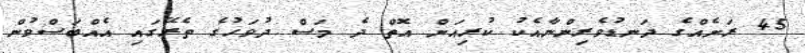
45 ރަށެއްގެ ދަނޑުވެރިންނާއެކު ކުރިއަށް އޮތް ދެ މަސް ދުވަހުގެ ތެރޭގައި އެއްބަސްވުން